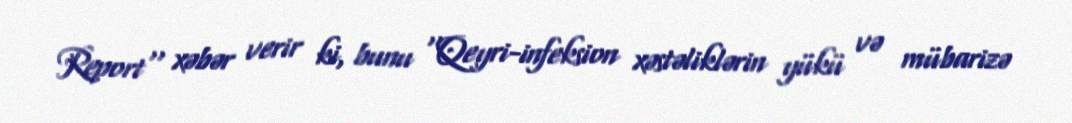
Report'' xəbər verir ki, bunu ''Qeyri-infeksion xəstəliklərin yükü və mübarizə